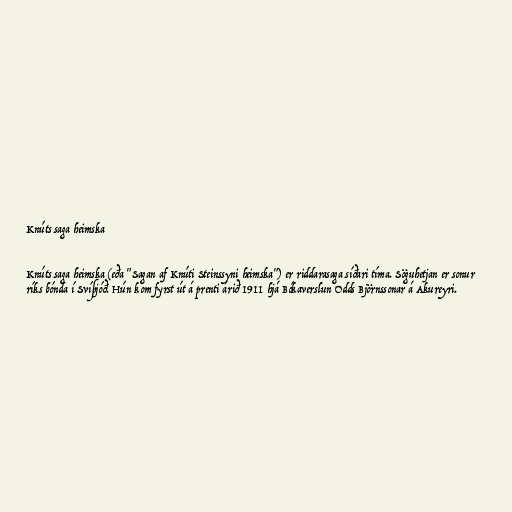
Knúts saga heimska

Knúts saga heimska (eða "Sagan af Knúti Steinssyni heimska") er riddarasaga síðari tíma. Söguhetjan er sonur
ríks bónda í Svíþjóð. Hún kom fyrst út á prenti árið 1911 hjá Bókaverslun Odds Björnssonar á Akureyri.